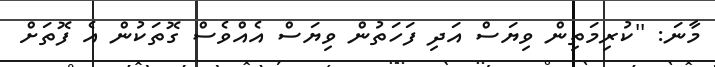
މާނަ: ''ކުރިމަތިން ވިޔަސް އަދި ފަހަތުން ވިޔަސް އެއްވެސް ގޮތަކުން އެ ފޮތަށް